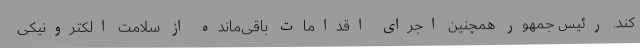
کند. رئیس جمهور همچنین اجرای اقدامات باقی‌مانده از سلامت الکترونیکی